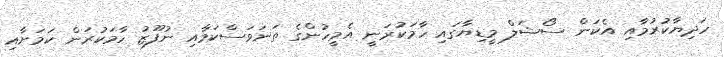
ހަދިޔާކުރުމާއި އެކަން ސޯޝަލް މީޑިޔާގައި ހާމަކުރަނީ އެމީހުންގެ ތަނަވަސްކަމާއި ނުފޫޒު ހާމަކުރަން ކަމަށާއި